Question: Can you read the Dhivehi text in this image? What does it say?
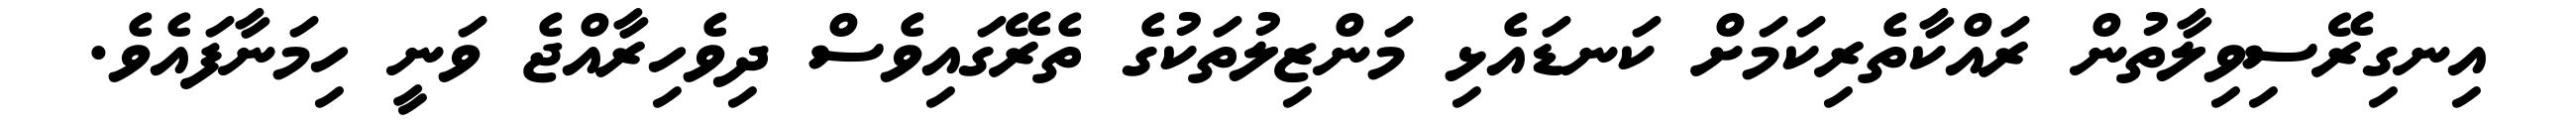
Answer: އިނގިރޭސިވިލާތުން ރައްކާތެރިކަމަށް ކަނޑައެޅި މަންޒިލުތަކުގެ ތެރޭގައިވެސް ދިވެހިރާއްޖެ ވަނީ ހިމަނާފައެވެ.